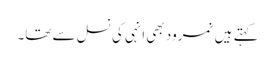
کہتے ہیں نمرود بھی انہی کی نسل سے تھا۔